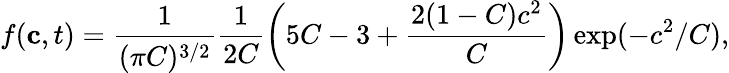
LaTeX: f(\mathbf{c},t)=\frac{1}{(\pi C)^{3/2}}\frac{1}{2C}\left(5C-3+\frac{2(1-C)c^{2}}{C}\right)\exp(-c^{2}/C),